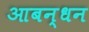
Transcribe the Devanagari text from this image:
आबन्धन